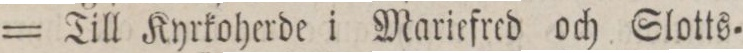
= Till Kyrkoherde i Mariefred och Slotts=